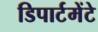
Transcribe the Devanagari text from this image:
डिपार्टमेंटे